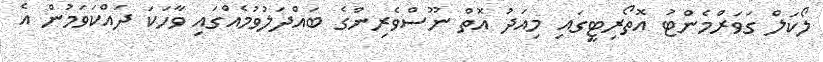
ލޯކަލް ގަވަރްމެންޓު އޮތޯރިޓީގައި މިއަދު އޮތް ނޫސްވެރިންގެ ބައްދަލުވުމެއްގައި ވާހަކަ ދައްކަވަމުން އެ